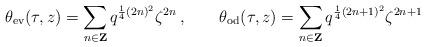
LaTeX: \begin{align*}\theta_{\rm ev}(\tau,z)=\sum_{n\in {\bf Z}}q^{\frac{1}{4}(2 n)^2} \zeta^{2 n}\,,\qquad\theta_{\rm od}(\tau,z)=\sum_{n\in {\bf Z}}q^{\frac{1}{4}(2 n+1)^2} \zeta^{2 n+1}\end{align*}